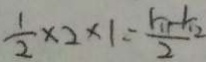
\frac { 1 } { 2 } \times 2 \times 1 = \frac { k _ { 1 } - 1 _ { 1 2 } } { 2 }